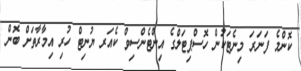
ކޮންމެ ފަނަރަ މިނެޓަކުން ހޮސްޕިޓަލްގެ އިންޓެންސިވް ކެއަރ ޔުނިޓް ހުރި އިމާރާތަށް ބޮން